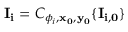
\mathbf { I _ { i } } = C _ { \phi _ { i } , \mathbf { x _ { 0 } } , \mathbf { y _ { 0 } } } \{ \mathbf { I _ { i , 0 } } \}